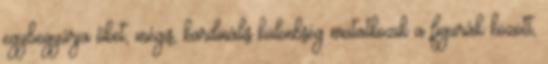
egybegyúrja őket, mégis, kardinális különbség mutatkozik a figurák között,